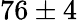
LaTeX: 76\pm 4